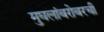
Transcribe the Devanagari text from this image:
मुघलांबरोबरची